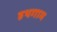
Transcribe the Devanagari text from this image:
हथगाम